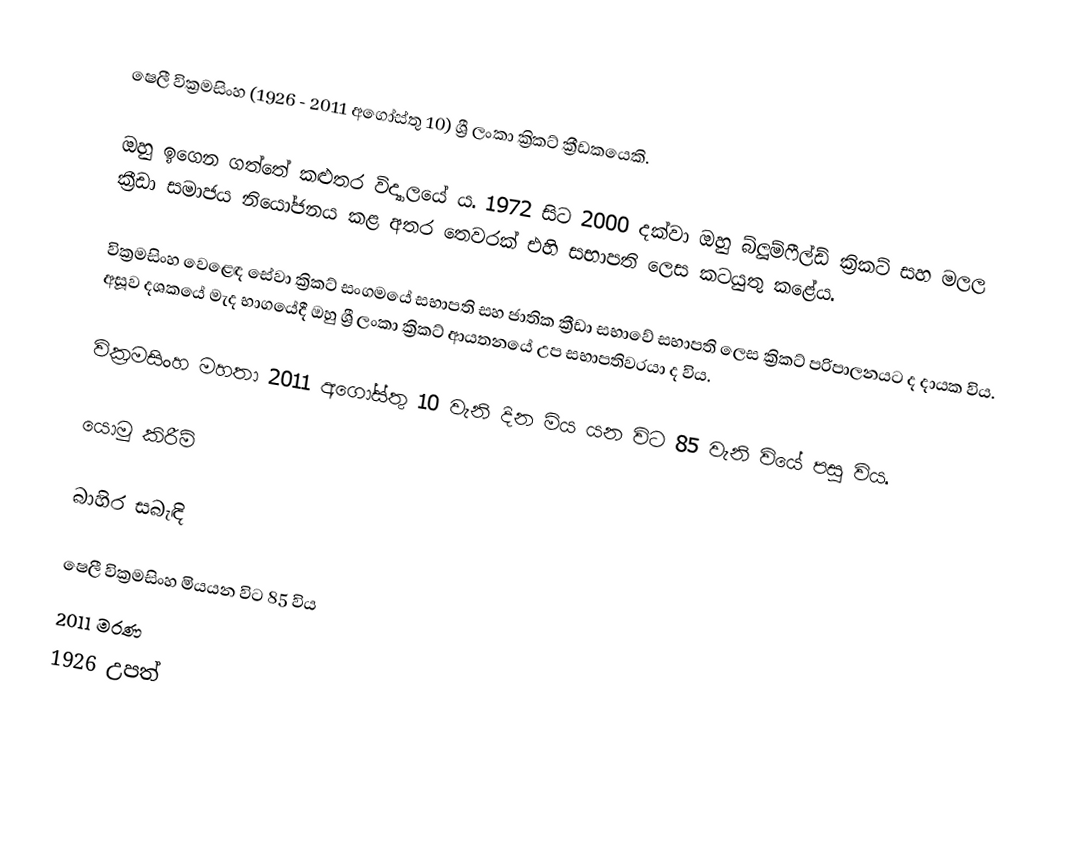
ෂෙලී වික්‍රමසිංහ (1926 - 2011 අගෝස්තු 10) ශ්‍රී ලංකා ක්‍රිකට් ක්‍රීඩකයෙකි.

ඔහු ඉගෙන ගත්තේ කළුතර විද්‍යාලයේ ය. 1972 සිට 2000 දක්වා ඔහු බ්ලූම්ෆීල්ඩ් ක්‍රිකට් සහ මලල ක්‍රීඩා සමාජය නියෝජනය කළ අතර තෙවරක් එහි සභාපති ලෙස කටයුතු කළේය.

වික්‍රමසිංහ වෙළෙඳ සේවා ක්‍රිකට් සංගමයේ සභාපති සහ ජාතික ක්‍රීඩා සභාවේ සභාපති ලෙස ක්‍රිකට් පරිපාලනයට ද දායක විය. අසූව දශකයේ මැද භාගයේදී ඔහු ශ්‍රී ලංකා ක්‍රිකට් ආයතනයේ උප සභාපතිවරයා ද විය.

වික්‍රමසිංහ මහතා 2011 අගෝස්තු 10 වැනි දින මිය යන විට 85 වැනි වියේ පසු විය.

යොමු කිරීම්

බාහිර සබැඳි

 ෂෙලී වික්‍රමසිංහ මියයන විට 85 විය
2011 මරණ
1926 උපත්